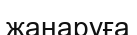
жаңаруға